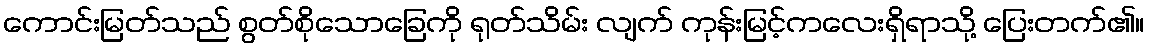
ကောင်းမြတ်သည် စွတ်စိုသောခြေကို ရုတ်သိမ်း လျက် ကုန်းမြင့်ကလေးရှိရာသို့ ပြေးတက်၏။